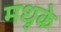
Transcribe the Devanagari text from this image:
मधुके